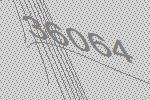
36064